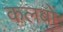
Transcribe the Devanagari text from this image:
कलबों